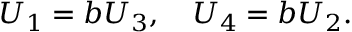
\begin{array} { r } { U _ { 1 } = b U _ { 3 } , \quad U _ { 4 } = b U _ { 2 } . } \end{array}